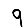
Digit: 9